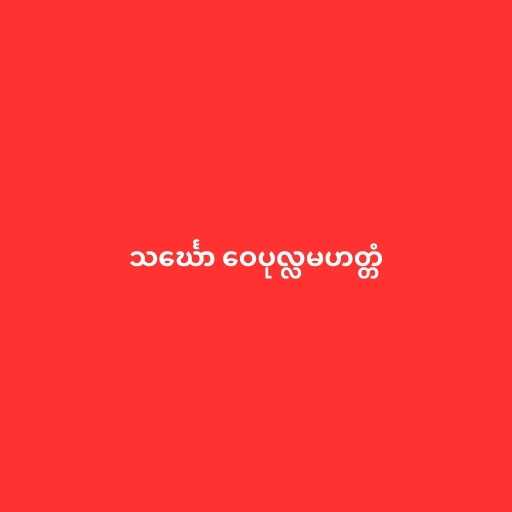
သင်္ဃော ဝေပုလ္လမဟတ္တံ